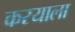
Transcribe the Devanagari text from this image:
करयाला